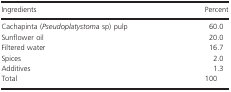
<table><thead><tr><td><b>Ingredients</b></td><td><b>Percent</b></td></tr></thead><tbody><tr><td>Cachapinta (<i>Pseudoplatystoma</i> sp) pulp</td><td>60.0</td></tr><tr><td>Sunflower oil</td><td>20.0</td></tr><tr><td>Filtered water</td><td>16.7</td></tr><tr><td>Spices</td><td>2.0</td></tr><tr><td>Additives</td><td>1.3</td></tr><tr><td>Total</td><td>100</td></tr></tbody></table>